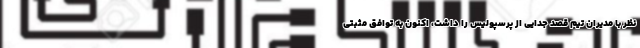
نظر با مدیران تیم قصد جدایی از پرسپولیس را داشت، اکنون به توافق مثبتی